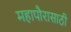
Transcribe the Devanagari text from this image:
महापौरासाठी